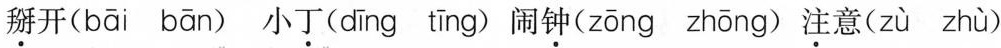
掰开( bāi bān) 小丁(dīng tīng )闹钟( zōng zhōng )注意( zù zhù )